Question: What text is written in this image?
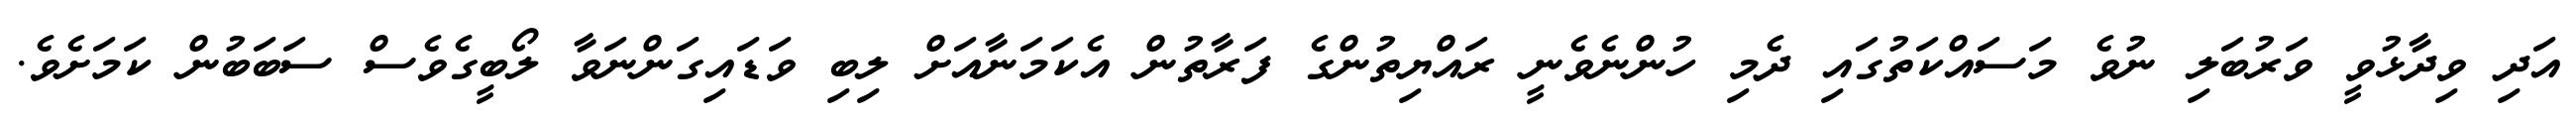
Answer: އަދި ވިދާޅުވީ ވަރުބަލި ނުވެ މަސައްކަތުގައި ދެމި ހުންނެވެނީ ރައްޔިތުންގެ ފަރާތުން އެކަމަނާއަށް ލިބި ވަޑައިގަންނަވާ ލޯބީގެވެސް ސަބަބުން ކަމަށެވެ.